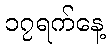
၁၇ရက်နေ့